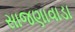
સાજણાવાડા